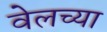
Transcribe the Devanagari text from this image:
वेलच्या